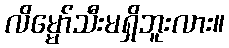
လိမ္မော်သီးမရှိဘူးလား။